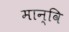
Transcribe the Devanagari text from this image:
मान्वि